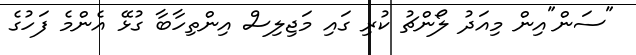
"ސަން"އިން މިއަދު ލޯންޗު ކުރި ގައި މަޖިލިސް އިންތިހާބާ ގުޅޭ އެންމެ ފަހުގެ